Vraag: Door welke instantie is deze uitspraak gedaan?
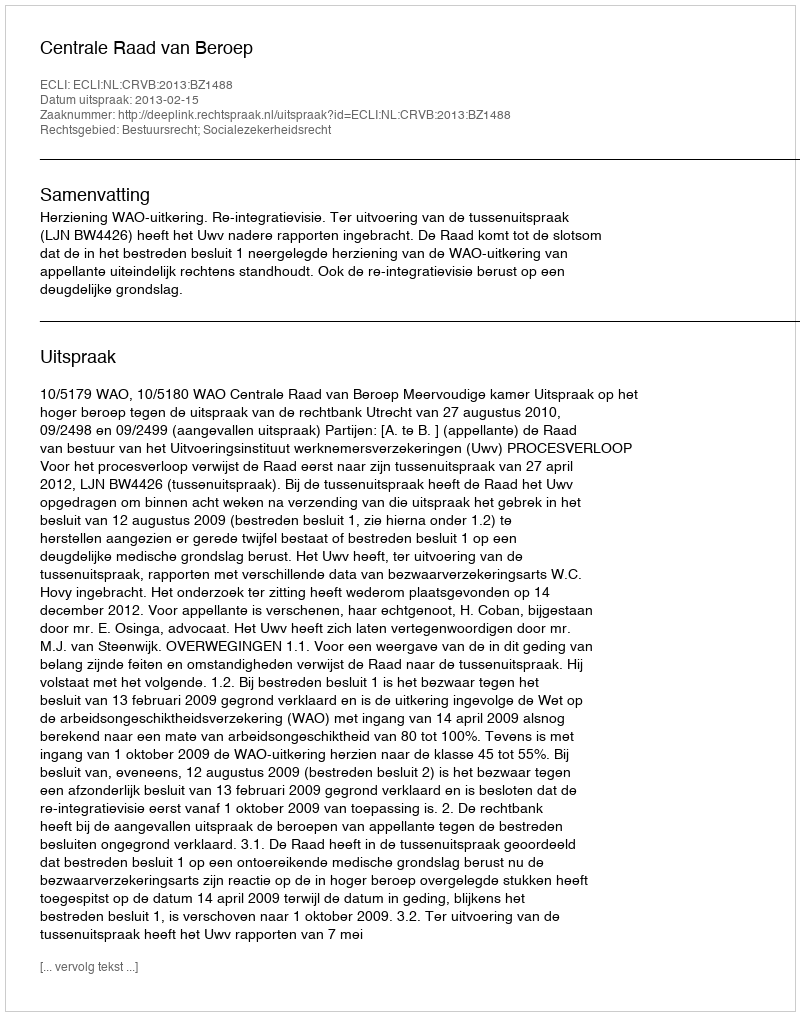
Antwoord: Centrale Raad van Beroep